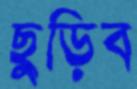
ছুড়িব